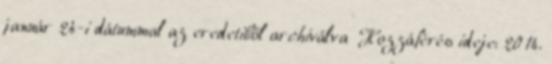
január 24-i dátummal az eredetiből archiválva Hozzáférés ideje: 2014.